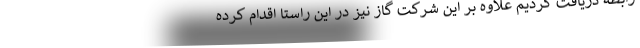
رابطه دریافت کردیم علاوه بر این شرکت گاز نیز در این راستا اقدام کرده